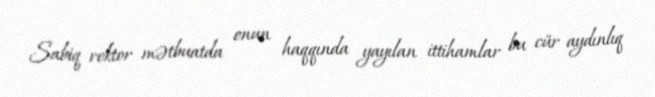
Sabiq rektor mətbuatda onun haqqında yayılan ittihamlar bu cür aydınlıq